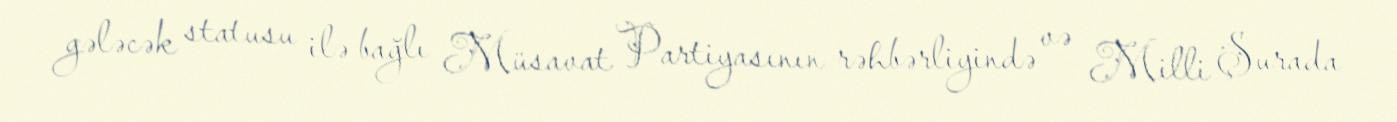
gələcək statusu ilə bağlı Müsavat Partiyasının rəhbərliyində və Milli Şurada